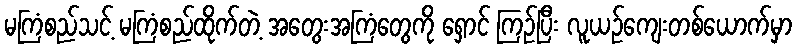
မကြံစည်သင့် မကြံစည်ထိုက်တဲ့ အတွေးအကြံတွေကို ရှောင် ကြဉ်ပြီး လူယဉ်ကျေးတစ်ယောက်မှာ